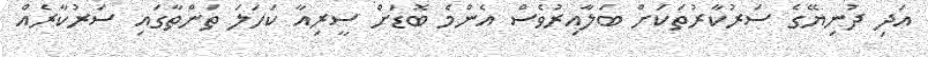
އަދި ދުނިޔޭގެ ސަރުކާރުތަކަށް ބަލާއިރުވެސް އެންމެ ބޮޑަށް ސީރިއާ ކަހަލަ ތަންތާގައި ސަރުކާރެއް